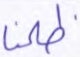
ظلمنا